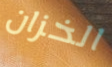
الخزان